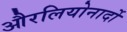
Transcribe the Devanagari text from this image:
औरलियोनार्दो